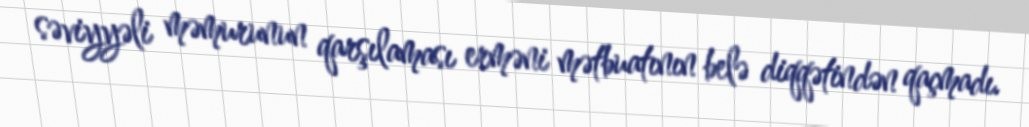
səviyyəli məmurunun qarşılaması erməni mətbuatının belə diqqətindən qaçmadı.